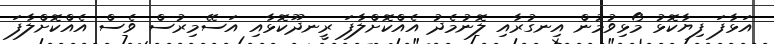
އަޅާފަ ފިޔާކޮޅު މޯޅިވުމުން އިނގުރާއި ލޮނުމެދު އެއްކޮށްލާފަ ރީނދޫކޮޅާއި އަސޭމިރުސް ވެސް އެއްކޮށްލާފަ